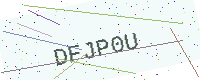
Text: DFJP0U